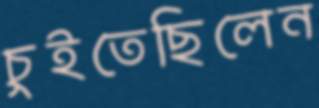
চুইতেছিলেন